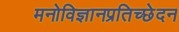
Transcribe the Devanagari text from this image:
मनोविज्ञानप्रतिच्छेदन